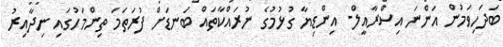
ބަދަހިވަމުން އަންނަ އިސްރާއީލް- އިންޑިޔާ ގުޅުމުގެ ނުރައްކާތައް ބަނޑަށް ފުރަތަމަ ތިންމަހުގައި ނިދާއިރު